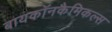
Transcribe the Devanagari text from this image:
बायकॉनकैमिकल्स